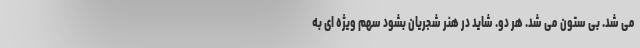
می شد. بی ستون می شد. هر دو. شاید در هنر شجریان بشود سهم ویژه ای به